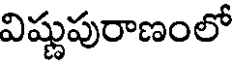
విష్ణుపురాణంలో